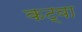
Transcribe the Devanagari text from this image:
कट्वा